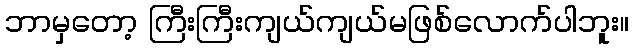
ဘာမှတော့ ကြီးကြီးကျယ်ကျယ်မဖြစ်လောက်ပါဘူး။